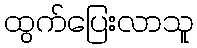
ထွက်ပြေးလာသူ